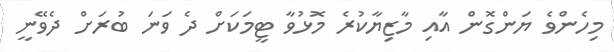
މިހެންވެ ޔަންގޮން އާއި މާޒިޔާކުރެ މޮޅުވާ ޓީމަަކަށް ދެ ވަނަ ބުރަށް ދެވޭނީ